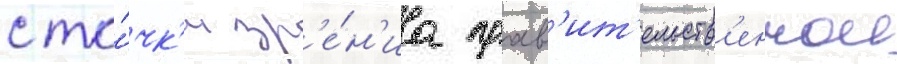
с то́чк'и зр'е́н'иа прав'ит'ельств'еннои